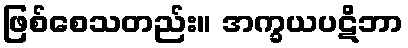
ဖြစ်စေသတည်း။ အက္ခယပဋိဘာ